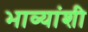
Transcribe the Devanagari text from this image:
भाव्यांशी